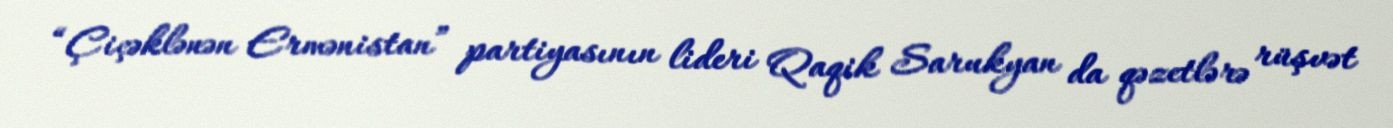
“Çiçəklənən Ermənistan” partiyasının lideri Qaqik Sarukyan da qəzetlərə rüşvət